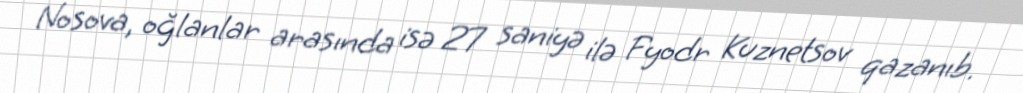
Nosova, oğlanlar arasında isə 27 saniyə ilə Fyodr Kuznetsov qazanıb.